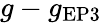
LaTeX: g-g_{\mathrm{{EP3}}}